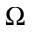
\Omega